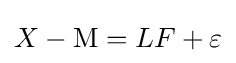
X-\mathrm {M} =LF+\varepsilon